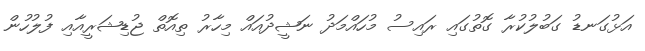
އަޅުގަނޑު ގަބުލުކުރާ ގޮތުގައި ރައިސު މުހައްމަދު ނަޝީދުއައް މިހާރު ތިއޮތް ޖުޑިޝަރީއާއި ފުލުހުން